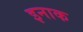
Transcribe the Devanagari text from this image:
इनाक